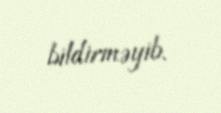
bildirməyib.